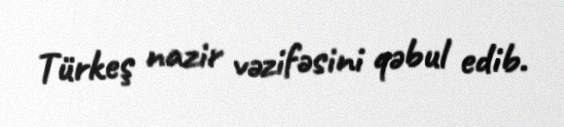
Türkeş nazir vəzifəsini qəbul edib.